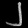
Digit: ၂